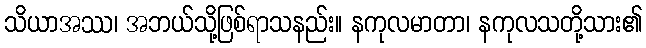
သိယာအဿ၊ အဘယ်သို့ဖြစ်ရာသနည်း။ နကုလမာတာ၊ နကုလသတို့သား၏